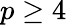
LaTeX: p\geq 4